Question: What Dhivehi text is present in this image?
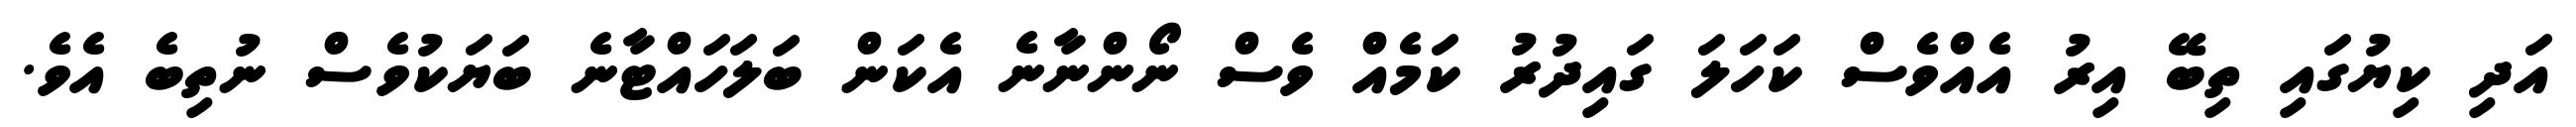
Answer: އަދި ކިޔުގައި ތިބޭ އިރު އެއްވެސް ކަހަލަ ގައިދުރު ކަމެއް ވެސް ނޯންނާނެ އެކަން ބަލަހައްޓާނެ ބަޔަކުވެސް ނުތިބެ އެވެ.